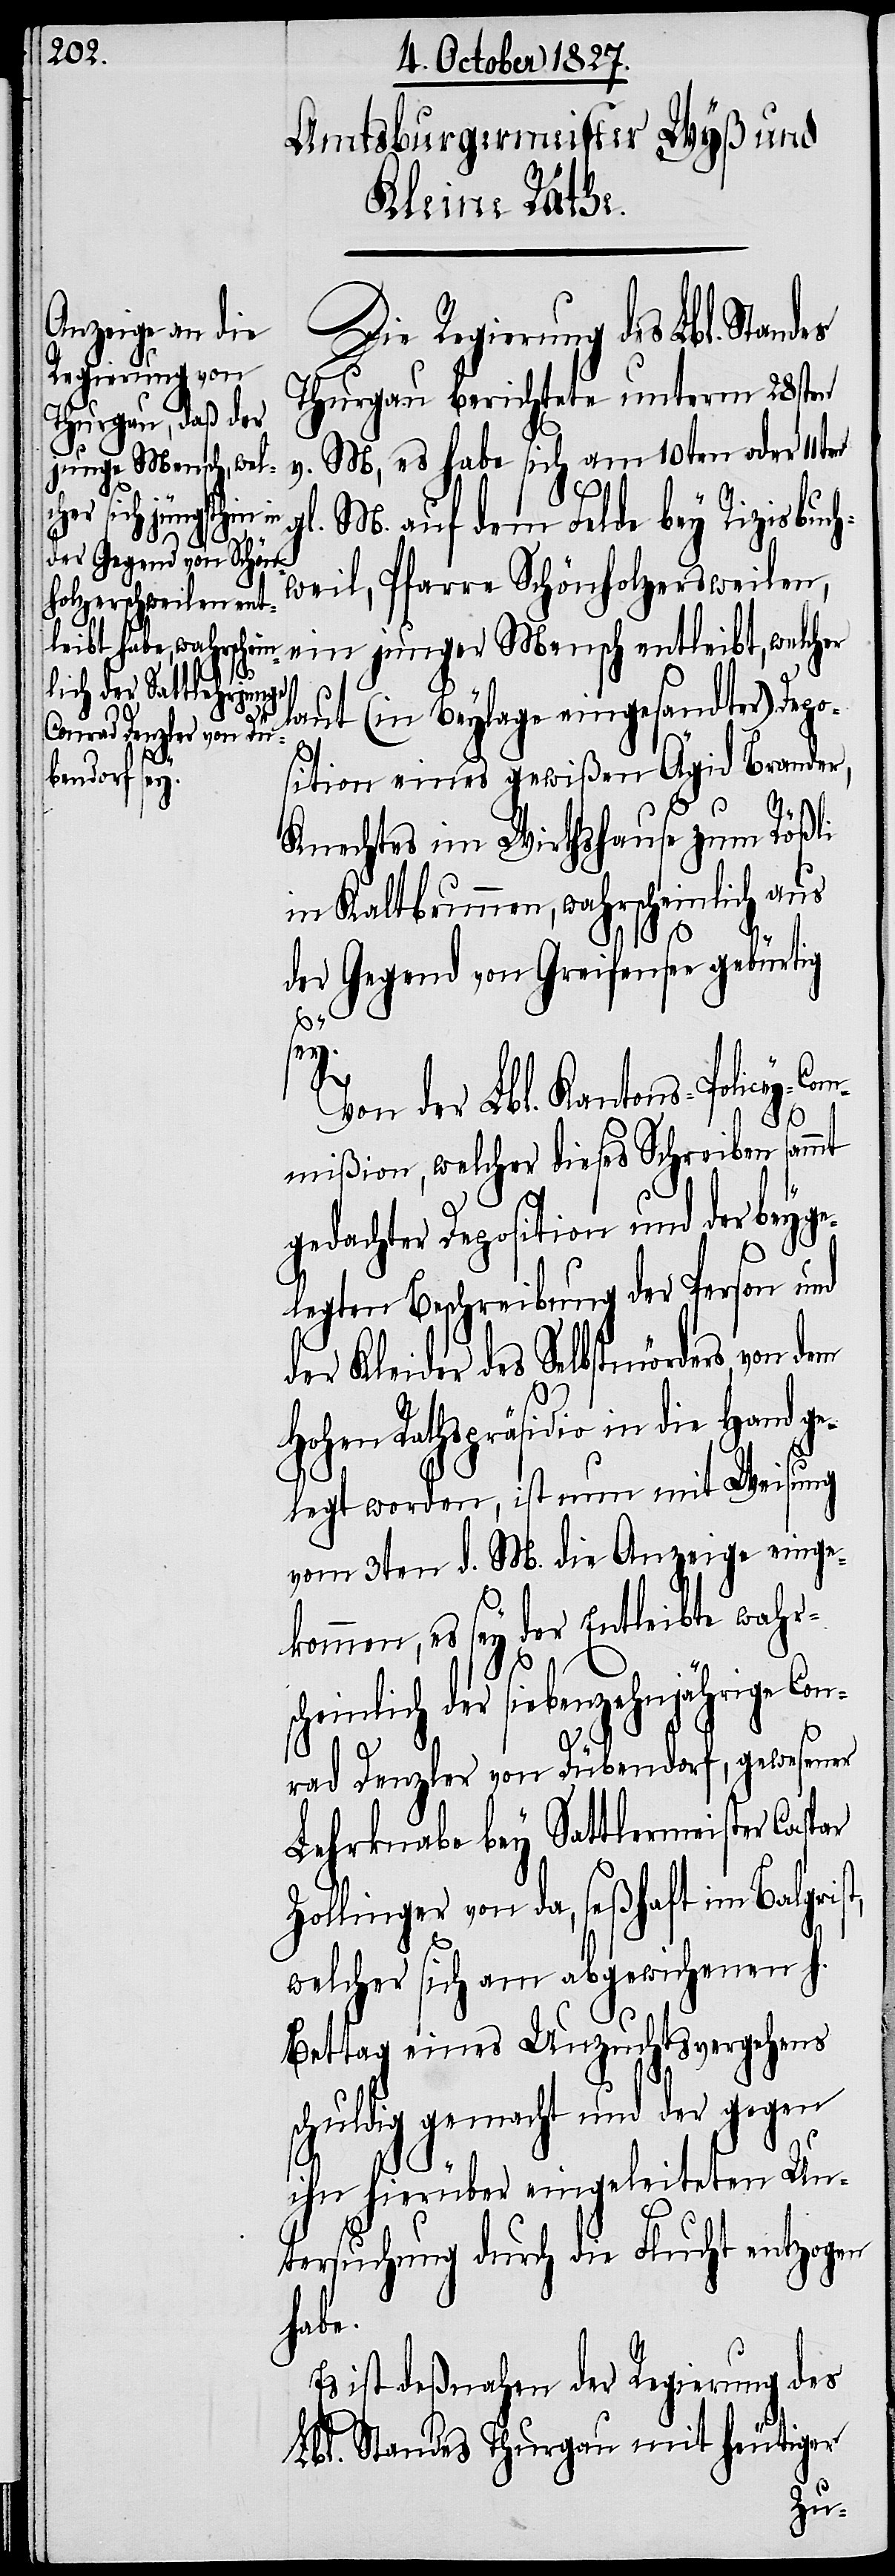
Die Regierung des Lbl. Stan¬
Thurgau berichtete unterm 28sten
v. M, es habe sich am 10ten oder 11ten
gl. M. auf dem Felde bey Rizisbuch¬
des
weil, Pfarre Schönholzersweilen,
laut (in Beylage eingesandter) Depo¬
sition eines gewißen Ägid Brander,
t,
Knechtes im Wirthshause zum Rößli
in Kaltbrunnen, wahrscheinlich aus
der Gegend von Greifensee gebürtig
Von der Llb. Kantons-Policey-C¬
ommißion, welcher dieses Schreiben sammt
gedachter Deposition und der beyge¬
legten Beschreibung der Person und
der Kleider des Selbstmörders von dem
Hohen Rathspräsidio in die Hand ge¬
legt worden, ist nun mit Weisung
vom 3ten d. M. die Anzeige einge¬
kommen, es sey der Entleibte wahrs¬
heinlich der siebenzehnjährige Con¬
rad Denzler von Dübendorf, gewesener
Lehrknabe bey Sattlermeister Caspar
Zollinger von da, seßhaft im Balgris¬
welcher sich am abgewichenen h.
Bettag eines Unzuchtsvergehens
schuldig gemacht und der gegen
ihn hierüber eingeleiteten Un¬
tersuchung durch die Flucht entzogen
habe.
Es ist deßnahen der Regierung des
Lbl. Standes Thurgau mit heutiger